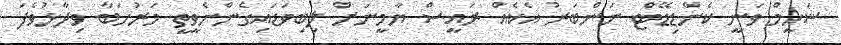
ޝަހީމް ވަނީ ކެންޑިޑޭޓް ނަންބަރު އެކެއް ރައީސް ޔާމީނަށް ލިބިވަޑައިގެންނެވީތީ މަރުހަބާ ވިދާޅުވެފަ